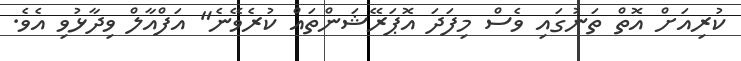
ކުރިއަށް އޮތް ތަނުގައި ވެސް މިފަދަ އޮޕަރޭޝަންތައް ކުރެވޭނެ" އަފްއާލް ވިދާޅުވި އެވެ.